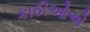
કાઠીઓએ